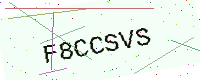
Text: F8CCSVS